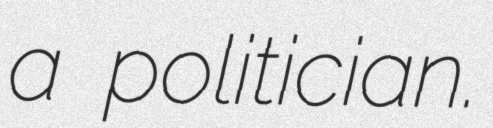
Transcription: a politician.